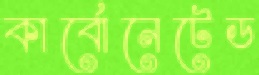
কার্বোনেটেড